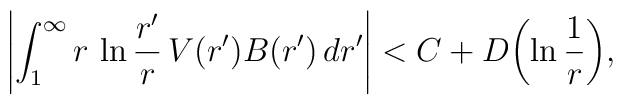
\left|\int_1^{\infty}r\,\ln {r'\over r}\,V(r')B(r')\,dr'\right|<C+D\biggl(\ln {1\over r}\biggr),